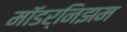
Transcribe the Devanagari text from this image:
मॉडर्निझम